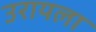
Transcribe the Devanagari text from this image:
उरायला